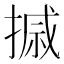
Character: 𪮗